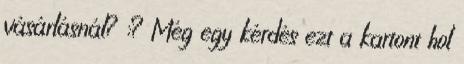
vásárlásnál? :? Még egy kérdés ezt a kartont hol